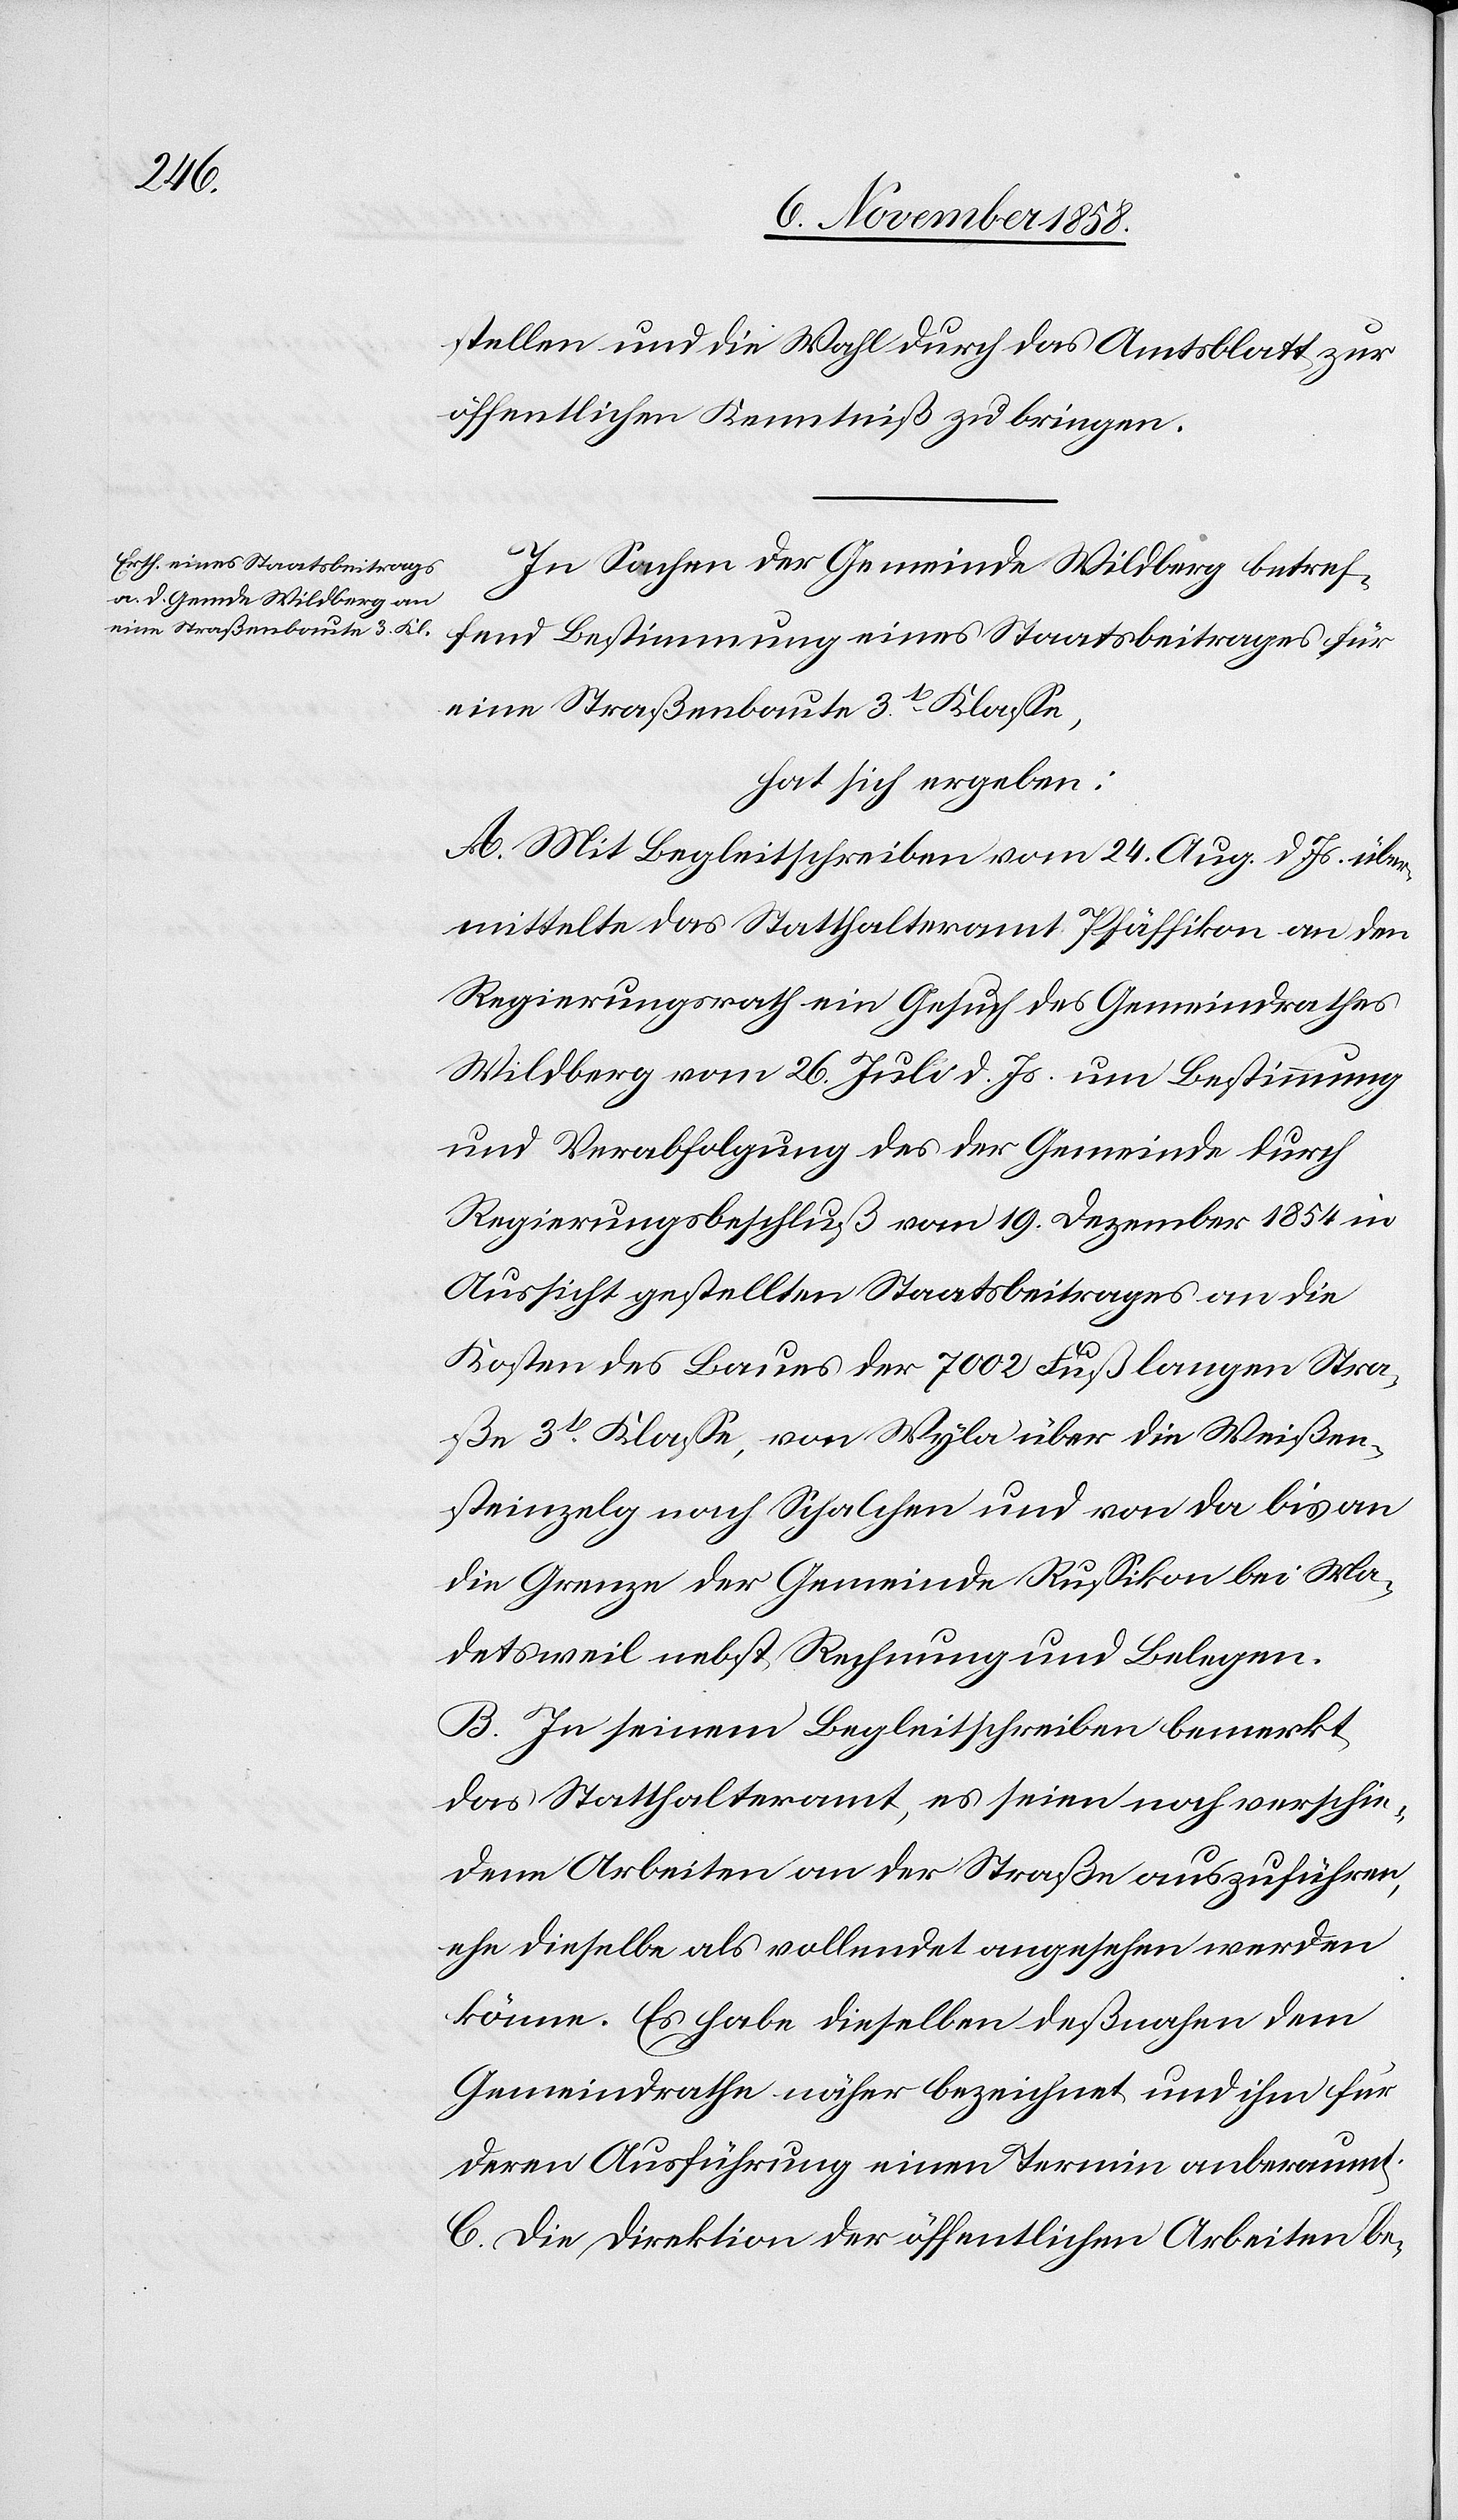
stellen und die Wahl durch das Amtsblatt zur
öffentlichen Kenntniß zu bringen.
In Sachen der Gemeinde Wildberg betref¬
fend Bestimmung eines Staatsbeitrages für
eine Straßenbaute 3t Klasse,
hat sich ergeben:
A. Mit Begleitschreiben vom 24. Aug. d. Js. über¬
mittelte das Statthalteramt Pfäffikon an den
Regierungsrath ein Gesuch des Gemeindrathes
Wildberg vom 26. Juli d. Js. um Bestimmung
und Verabfolgung des der Gemeinde durch
Regierungsbeschluß vom 19. Dezember 1854 in
Aussicht gestellten Staatsbeitrages an die
Kosten des Baues der 7002 Fuß langen Stra¬
ßen 3t Klasse, von Wyla über die Weißen¬
steinzelg nach Schalchen und von da bis an
die Grenze der Gemeinde Russikon bei Ma¬
detsweil nebst Rechnung und Belegen.
B. In seinem Begleitschreiben bemerkt
das Statthalteramt, es seien noch verschie¬
dene Arbeiten an der Straße auszuführen,
ehe dieselbe als vollendet angesehen werden
könne. Es habe dieselben deßnahen dem
Gemeindrathe näher bezeichnet und ihm für
deren Ausführung einen Termin anberaumt.
C. Die Direktion der öffentlichen Arbeiten be-